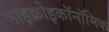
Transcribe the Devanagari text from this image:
माइक्रोइकॉनॉमिक